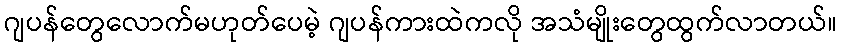
ဂျပန်တွေလောက်မဟုတ်ပေမဲ့ ဂျပန်ကားထဲကလို အသံမျိုးတွေထွက်လာတယ်။